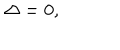
\Delta = 0 ,